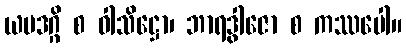
ယမဒဂ္ဂိ စ ဝါသိဋ္ဌော၊ ဘာရဒွါဇော စ ကဿပေါ။